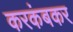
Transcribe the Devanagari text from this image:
करकंबकर